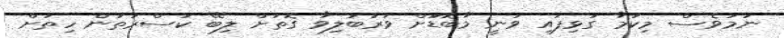
ނަމަވެސް މިކަމާ ގުޅިފައި ވަނީ މާބޮޑަަށް ވަރުބަލިވާ ގޮތަށް ލިބޭ ކަސްރަތުން ހިތަށް